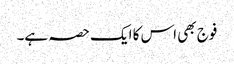
فوج بھی اس کا ایک حصہ ہے۔